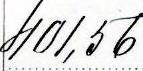
401,56